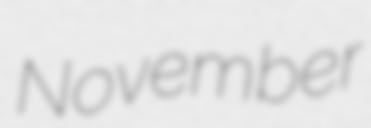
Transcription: November